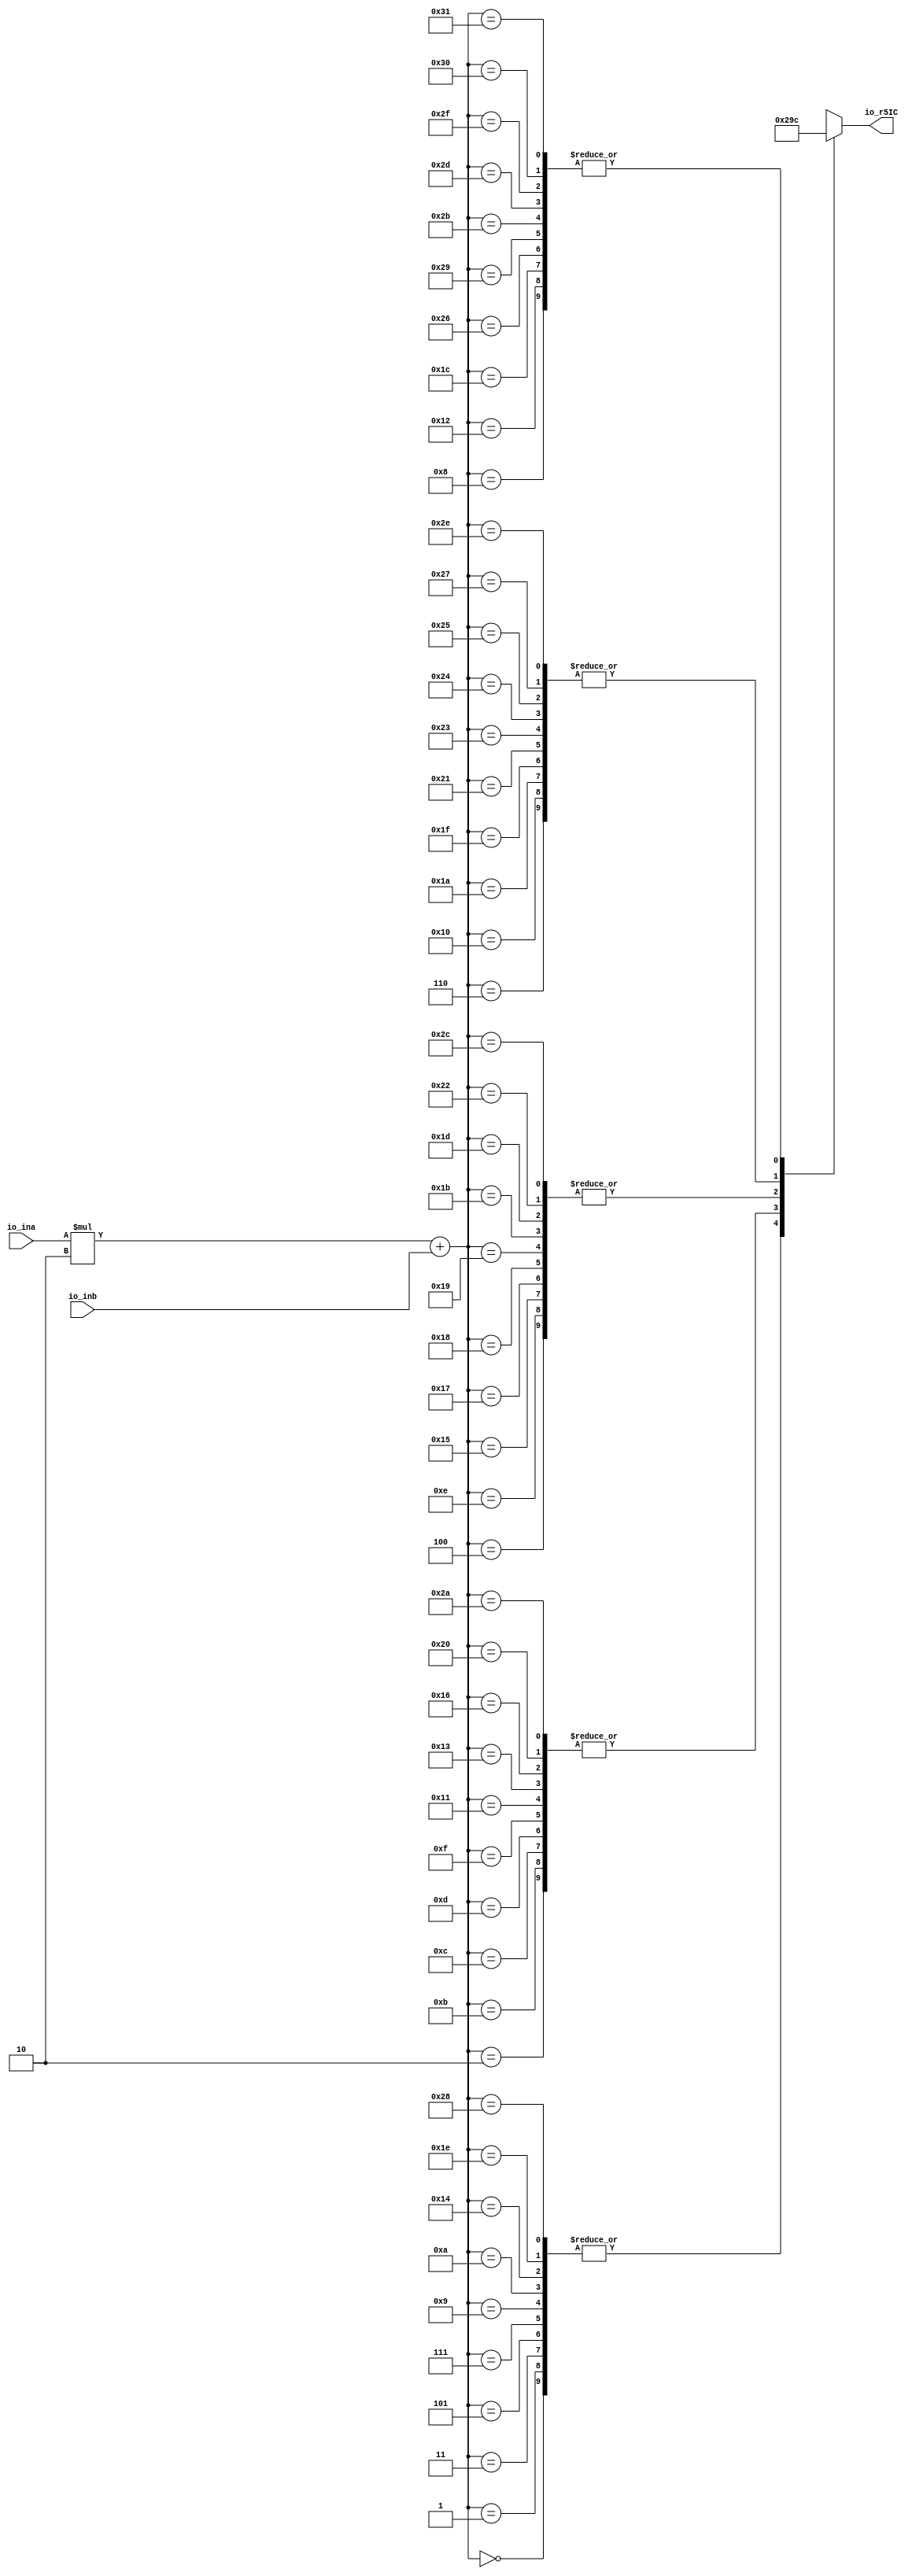
module r5icLUT(
    input [10:0] io_ina,
    input [2:0] io_inb,
    output[2:0] io_r5IC
);

  wire[2:0] T0;
  reg [2:0] T1 [49:0];
  wire[5:0] T2;
  wire[12:0] T3;
  wire[12:0] T4;
  wire[12:0] index;


  assign io_r5IC = T0;
`ifndef SYNTHESIS
  assign T0 = T2 >= 6'h32 ? {1{$random}} : T1[T2];
`else
  assign T0 = T1[T2];
`endif
  always @(*) begin
    T1[0] = 3'h0;
    T1[1] = 3'h0;
    T1[2] = 3'h1;
    T1[3] = 3'h0;
    T1[4] = 3'h2;
    T1[5] = 3'h0;
    T1[6] = 3'h3;
    T1[7] = 3'h0;
    T1[8] = 3'h4;
    T1[9] = 3'h0;
    T1[10] = 3'h0;
    T1[11] = 3'h1;
    T1[12] = 3'h1;
    T1[13] = 3'h1;
    T1[14] = 3'h2;
    T1[15] = 3'h1;
    T1[16] = 3'h3;
    T1[17] = 3'h1;
    T1[18] = 3'h4;
    T1[19] = 3'h1;
    T1[20] = 3'h0;
    T1[21] = 3'h2;
    T1[22] = 3'h1;
    T1[23] = 3'h2;
    T1[24] = 3'h2;
    T1[25] = 3'h2;
    T1[26] = 3'h3;
    T1[27] = 3'h2;
    T1[28] = 3'h4;
    T1[29] = 3'h2;
    T1[30] = 3'h0;
    T1[31] = 3'h3;
    T1[32] = 3'h1;
    T1[33] = 3'h3;
    T1[34] = 3'h2;
    T1[35] = 3'h3;
    T1[36] = 3'h3;
    T1[37] = 3'h3;
    T1[38] = 3'h4;
    T1[39] = 3'h3;
    T1[40] = 3'h0;
    T1[41] = 3'h4;
    T1[42] = 3'h1;
    T1[43] = 3'h4;
    T1[44] = 3'h2;
    T1[45] = 3'h4;
    T1[46] = 3'h3;
    T1[47] = 3'h4;
    T1[48] = 3'h4;
    T1[49] = 3'h4;
  end
  assign T2 = T3[3'h5:1'h0];
  assign T3 = index + T4;
  assign T4 = {10'h0, io_inb};
  assign index = io_ina * 2'h2;
endmodule